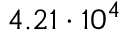
4 . 2 1 \cdot 1 0 ^ { 4 }